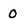
Character: 0